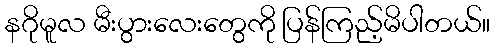
နဂိုမူလ မီးပွားလေးတွေကို ပြန်ကြည့်မိပါတယ်။